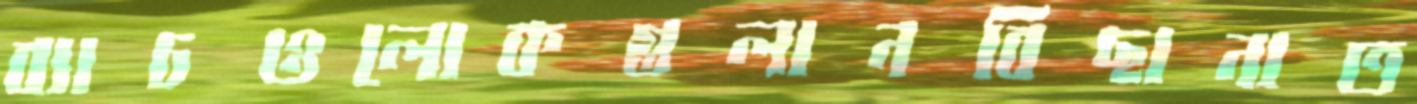
ব্যাচওলোকগুলানবিছানাত